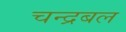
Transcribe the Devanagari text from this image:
चन्द्रबल